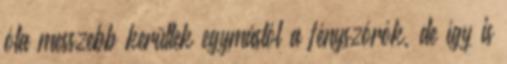
óta messzebb kerültek egymástól a fényszórók, de így is